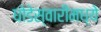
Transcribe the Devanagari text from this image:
घोडेस्वारीमध्ये